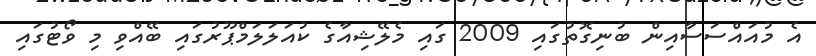
އެ މުއައްސަސާއިން ބުނިގޮތުގައި 2009 ގައި މެލޭޝިއާގެ ކުއަލަލަމްޕޫރުގައި ބޭއްވި މި ވޯޓުގައި